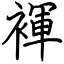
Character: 褌